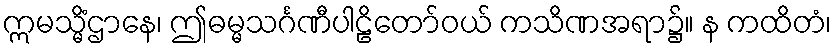
ဣမသ္မိံဌာနေ၊ ဤဓမ္မသင်္ဂဏီပါဠိတော်ဝယ် ကသိဏအရာ၌။ န ကထိတံ၊